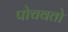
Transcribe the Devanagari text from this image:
पोचवतो